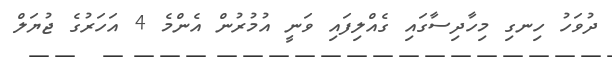
ދުވަހު ހިނގި މިހާދިސާގައި ގެއްލިފައި ވަނީ އުމުރުން އެންމެ 4 އަހަރުގެ ޖުޔަލް